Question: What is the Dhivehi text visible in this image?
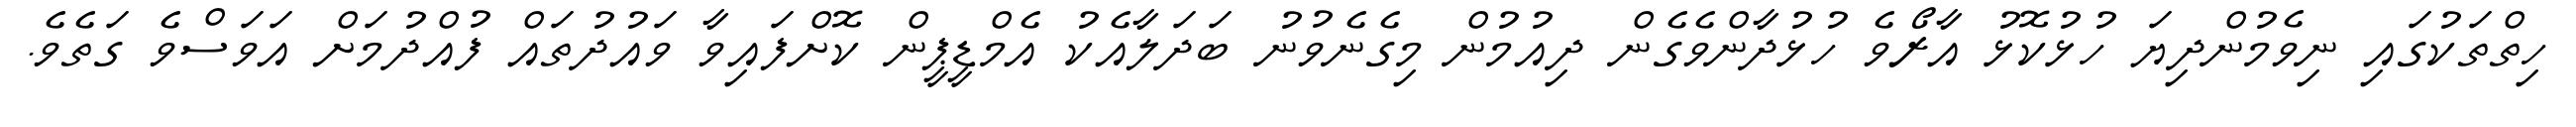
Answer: ހިތްތަކުގައި ނިވެމުންދިޔަ ހުޅުކޮޅު އާރޯވެ ހުޅުދާންވެގެން ދިއުމުން މިގެނެވުނު ބަދަލާއެކު އެމްޑީޕީން ކޮށްފައިވާ ވައުދުތައް ފުއްދުމަށް އަވަސްވެ ގަތެވެ.